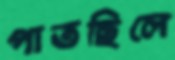
পাতছিলে